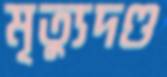
মৃত্যুদণ্ড